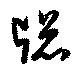
窓